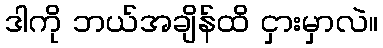
ဒါကို ဘယ်အချိန်ထိ ငှားမှာလဲ။